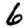
Digit: 6